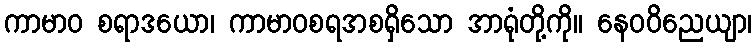
ကာမာဝ စရာဒယော၊ ကာမာဝစရအစရှိသော အာရုံတို့ကို။ နေဝဝိညေယျာ၊